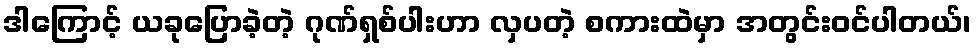
ဒါကြောင့် ယခုပြောခဲ့တဲ့ ဂုဏ်ရှစ်ပါးဟာ လှပတဲ့ စကားထဲမှာ အတွင်းဝင်ပါတယ်၊